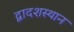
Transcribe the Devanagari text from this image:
द्वादशस्थान